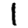
Digit: 1